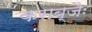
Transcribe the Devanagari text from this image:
कराब्जैः